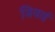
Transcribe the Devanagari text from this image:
जियाई